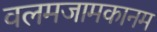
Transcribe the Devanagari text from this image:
वलमजामकानम